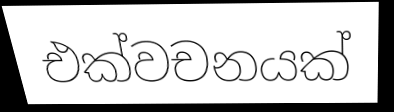
එක්වචනයක්